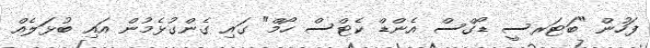
ފަހުން "ބަޓަރސީ ޑޯގްސް އެންޑް ކެޓްސް ހޯމް" ގައި ގެންގުޅެމުން އައި ބުޅަލެއް